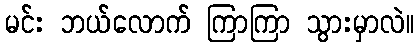
မင်း ဘယ်လောက် ကြာကြာ သွားမှာလဲ။